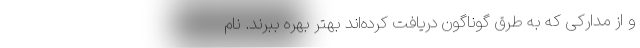
و از مدارکی که به طرق گوناگون دریافت کرده‌اند بهتر بهره ببرند. نام